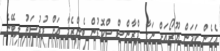
އެހެން ކަމަން ޔޫރޯއަށް ނަގާ ފްރާންސް ސްކޮޑުން ބެންޒެމާ އަށް ފުރުސަތު ލިބޭނެ